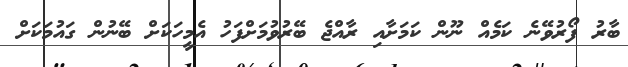
ބާރު ފޯރުވޭނެ ކަމެއް ނޫން ކަމަށާއި ރާއްޖެ ބޭރުވުމަށްފަހު އެމީހަކަށް ބޭނުން ގައުމަކަށް